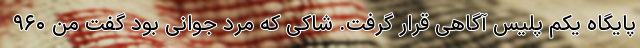
پایگاه یکم پلیس آگاهی قرار گرفت. شاکی که مرد جوانی بود گفت من ۹۶۰